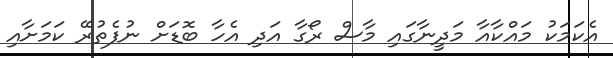
އެކަމަކު މައްކާއާ މަދީނާގައި މާސް ރޯގާ އަދި އެހާ ބޮޑަށް ނުފެތުރޭ ކަމަށާއި